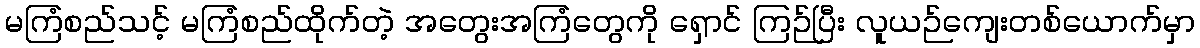
မကြံစည်သင့် မကြံစည်ထိုက်တဲ့ အတွေးအကြံတွေကို ရှောင် ကြဉ်ပြီး လူယဉ်ကျေးတစ်ယောက်မှာ